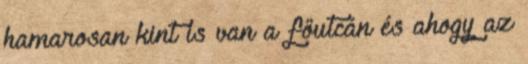
hamarosan kint is van a főutcán és ahogy az